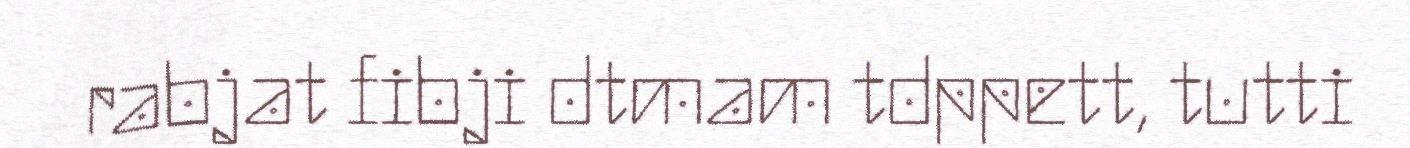
rabjat fibji dtmam tdppett, tutti